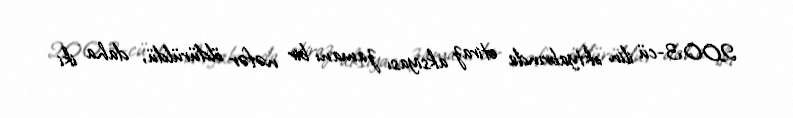
2003-cü ilin oktyabrında etiraz aksiyası zamanı bir nəfər öldürüldü, daha iki